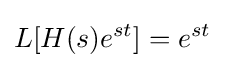
L[H(s)e^{st}]=e^{st}